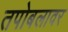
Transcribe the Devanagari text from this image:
तपोबलावर